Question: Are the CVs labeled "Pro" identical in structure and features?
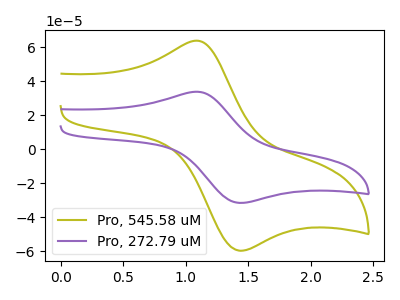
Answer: <think>The olive curve "Pro, 545.58 uM" has an anodic peak at (1.10V, 63.85uA) and a cathodic peak at (1.45V, -59.80uA). The purple curve "Pro, 272.79 uM" has an anodic peak at (1.10V, 33.80uA) and a cathodic peak at (1.45V, -31.65uA).
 All the peaks in "Pro, 545.58 uM" have a peak in "Pro, 272.79 uM" at the same potential. Every peak in "Pro, 545.58 uM" is higher than every peak in "Pro, 272.79 uM".</think>
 <answer>All the CV's of "Pro" have similar shape.</answer>
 <eval>follow_rule</eval>